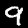
Digit: 9